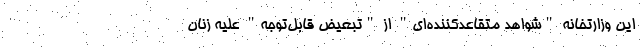
این وزارتخانه "شواهد متقاعدکننده‌ای" از "تبعیض قابل‌توجه" علیه زنان